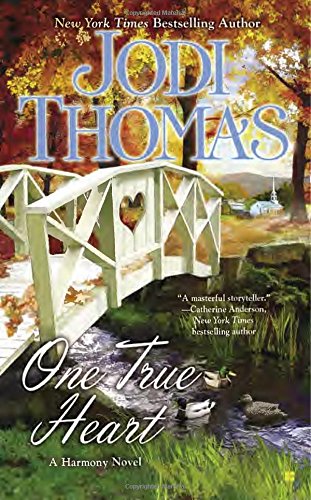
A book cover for One True Heart (Harmony); Jodi Thomas; Romance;